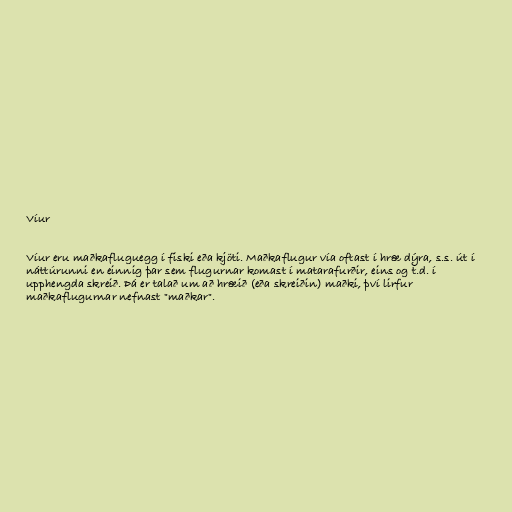
Víur

Víur eru maðkafluguegg í fiski eða kjöti. Maðkaflugur vía oftast í hræ dýra, s.s. út í
náttúrunni en einnig þar sem flugurnar komast í matarafurðir, eins og t.d. í
upphengda skreið. Þá er talað um að hræið (eða skreiðin) maðki, því lirfur
maðkaflugurnar nefnast "maðkar".